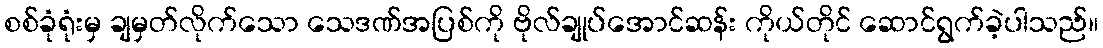
စစ်ခုံရုံးမှ ချမှတ်လိုက်သော သေဒဏ်အပြစ်ကို ဗိုလ်ချုပ်အောင်ဆန်း ကိုယ်တိုင် ဆောင်ရွက်ခဲ့ပါသည်။